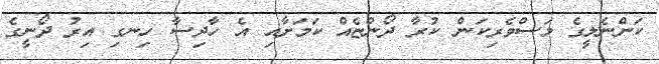
ކަންނެލީގެ މަސްވެރިކަން ކުރާ ދޯންޏެއް ކަމަށާއި އެ ހާދިސާ ހިނގި އިރު ދޯނީގެ